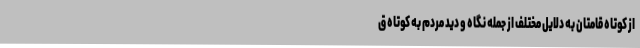
از کوتاه قامتان به دلایل مختلف از جمله نگاه و دید مردم به کوتاه ق